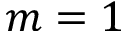
m = 1